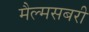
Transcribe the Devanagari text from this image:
मैल्मसबरी